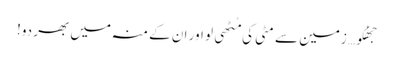
جھُکو… زمین سے مٹی کی مُٹھی لو اور ان کے منہ میں بھر دو!